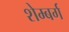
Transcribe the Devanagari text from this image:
शेम्बर्ग